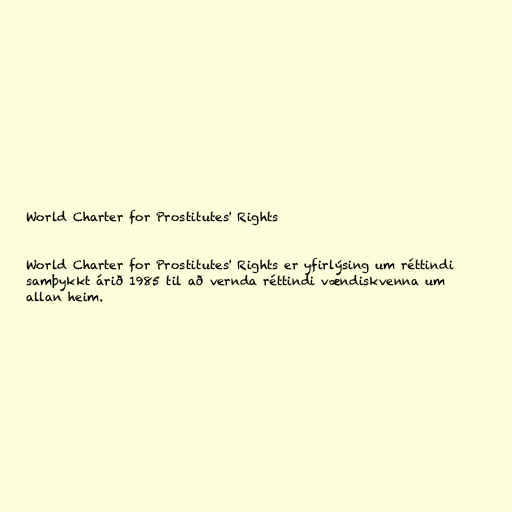
World Charter for Prostitutes' Rights

World Charter for Prostitutes' Rights er yfirlýsing um réttindi
samþykkt árið 1985 til að vernda réttindi vændiskvenna um
allan heim.